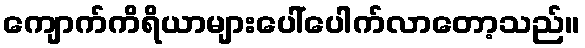
ကျောက်ကိရိယာများပေါ်ပေါက်လာတော့သည်။